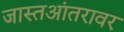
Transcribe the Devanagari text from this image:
जास्तआंतरावर